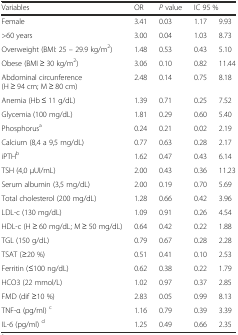
| Variables | OR | P value | <COLSPAN=2> IC 95 % |
 | --- | --- | --- | --- | --- |
 | Female | 3.41 | 0.03 | 1.17 | 9.93 |
 | >60 years | 3.00 | 0.04 | 1.03 | 8.73 |
 | Overweight (BMI: 25 – 29.9 kg/m2) | 1.48 | 0.53 | 0.43 | 5.10 |
 | Obese (BMI ≥ 30 kg/m2) | 3.06 | 0.10 | 0.82 | 11.44 |
 | Abdominal circunference (H ≥ 94 cm; M ≥ 80 cm) | 2.48 | 0.14 | 0.75 | 8.18 |
 | Anemia (Hb ≤ 11 g/dL) | 1.39 | 0.71 | 0.25 | 7.52 |
 | Glycemia (100 mg/dL) | 1.81 | 0.29 | 0.60 | 5.40 |
 | Phosphorusa | 0.24 | 0.21 | 0.02 | 2.19 |
 | Calcium (8,4 a 9,5 mg/dL) | 0.77 | 0.63 | 0.28 | 2.17 |
 | iPTHb | 1.62 | 0.47 | 0.43 | 6.14 |
 | TSH (4,0 μUI/mL) | 2.00 | 0.43 | 0.36 | 11.23 |
 | Serum albumin (3,5 mg/dL) | 2.00 | 0.19 | 0.70 | 5.69 |
 | Total cholesterol (200 mg/dL) | 1.28 | 0.66 | 0.42 | 3.96 |
 | LDL-c (130 mg/dL) | 1.09 | 0.91 | 0.26 | 4.54 |
 | HDL-c (H ≥ 60 mg/dL; M ≥ 50 mg/dL) | 0.64 | 0.42 | 0.22 | 1.88 |
 | TGL (150 g/dL) | 0.79 | 0.67 | 0.28 | 2.28 |
 | TSAT (≥20 %) | 0.51 | 0.41 | 0.10 | 2.53 |
 | Ferritin (≤100 ng/dL) | 0.62 | 0.38 | 0.22 | 1.79 |
 | HCO3 (22 mmol/L) | 1.02 | 0.97 | 0.37 | 2.85 |
 | FMD (dif ≥10 %) | 2.83 | 0.05 | 0.99 | 8.13 |
 | TNF-α (pg/ml) c | 1.16 | 0.79 | 0.39 | 3.39 |
 | IL-6 (pg/ml) d | 1.25 | 0.49 | 0.66 | 2.35 |